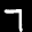
Label: 7